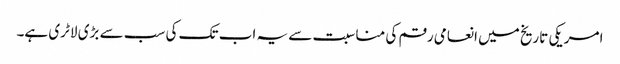
امریکی تاریخ میں انعامی رقم کی مناسبت سے یہ اب تک کی سب سے بڑی لاٹری ہے۔